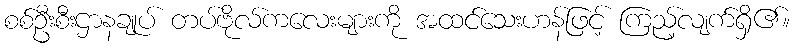
စစ်ဦးစီးဌာနချုပ် တပ်ဗိုလ်ကလေးများကို အထင်သေးဟန်ဖြင့် ကြည့်လျက်ရှိ၏။